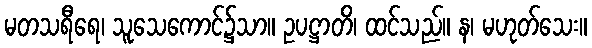
မတသရီရေ၊ သူသေကောင်၌သာ။ ဥပဋ္ဌာတိ၊ ထင်သည်။ န၊ မဟုတ်သေး။